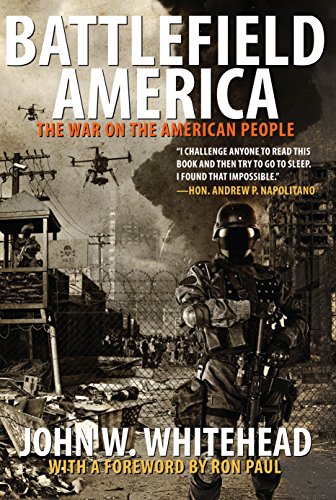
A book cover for Battlefield America: The War on the American People; John W. Whitehead; Politics & Social Sciences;